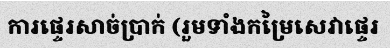
ការផ្ទេរសាច់ប្រាក់ (រួមទាំងកម្រៃសេវាផ្ទេរ